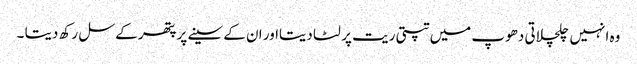
وہ انہیں چلچلاتی دھوپ میں تپتی ریت پر لٹا دیتااور ان کے سینے پر پتھر کے سل رکھ دیتا ۔